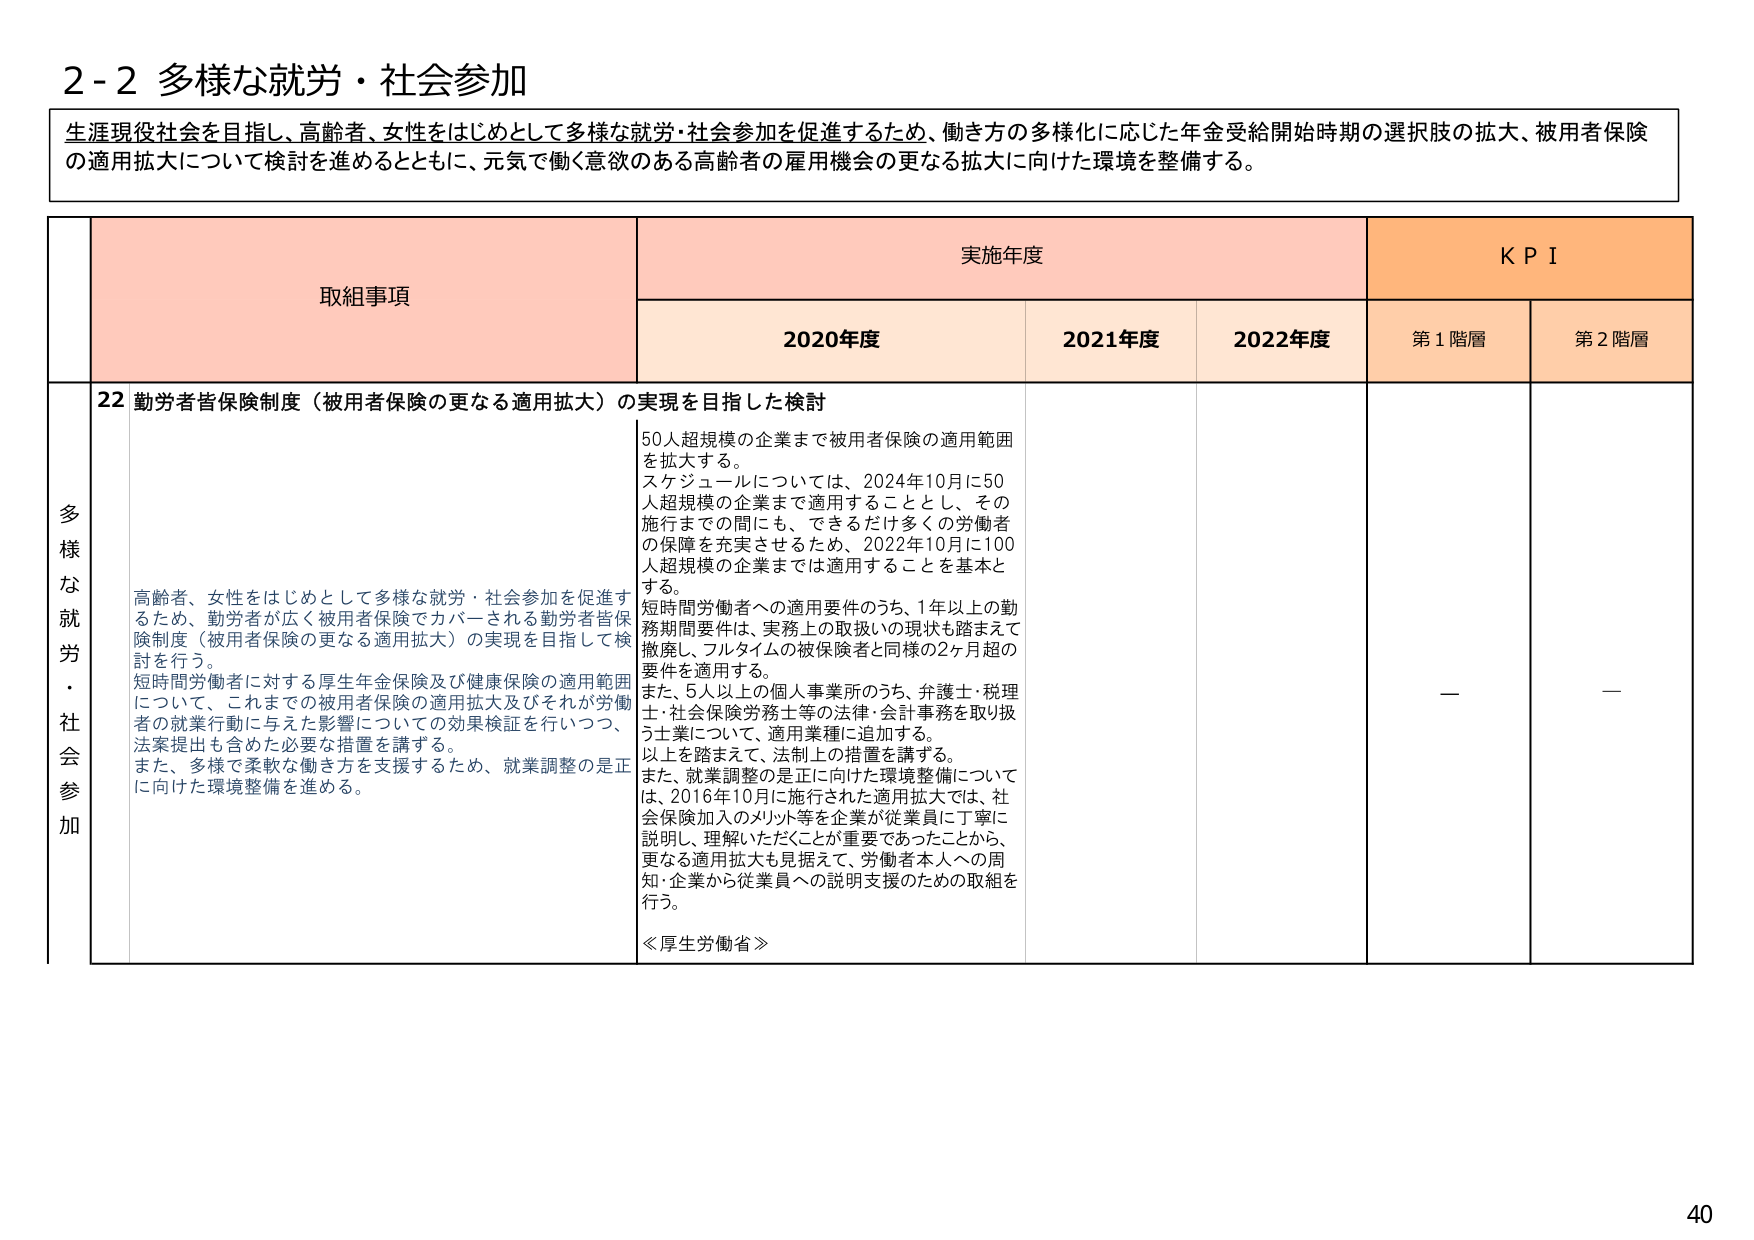
2-2 多様な就労・社会参加

生涯現役社会を目指し、高齢者、女性をはじめとして多様な就労・社会参加を促進するため、働き方の多様化に応じた年金受給開始時期の選択肢の拡大、被用者保険の適用拡大について検討を進めるとともに、元気に働く意欲のある高齢者の雇用機会の更なる拡大に向けた環境を整備する。

取組事項 実施年度 KPI
2020年度 2021年度 2022年度 第1階層 第2階層

多様な就労・社会参加

22 勤労者皆保険制度（被用者保険の更なる適用拡大）の実現を目指した検討

高齢者、女性をはじめとして多様な就労・社会参加を促進するため、勤労者が広く被用者保険でカバーされる勤労者皆保険制度（被用者保険の更なる適用拡大）の実現を目指して検討を行う。
短時間労働者に対する厚生年金保険及び健康保険の適用範囲について、これまでの被用者保険の適用拡大及びそれが労働者の就業行動に与えた影響についての効果検証を行いつつ、法案提出も含めた必要な措置を講ずる。
また、多様で柔軟な働き方を支援するため、就業調整の是正に向けた環境整備を進める。

50人超規模の企業まで被用者保険の適用範囲を拡大する。
スケジュールについては、2024年10月に50人超規模の企業まで適用することとし、その施行までの間にも、できるだけ多くの労働者の保障を充実させるため、2022年10月に100人超規模の企業までを適用することを基本とする。
短時間労働者への適用要件のうち、1年以上の勤務期間要件は、実務上の取扱いの現状も踏まえて撤廃し、フルタイムの被保険者と同様の2ヶ月超の要件を適用する。
また、5人以上の個人事業所のうち、弁護士・税理士・社会保険労務士等の法律・会計事務を取り扱う士業について、適用業種に追加する。
以上を踏まえて、法制上の措置を講ずる。
また、就業調整の是正に向けた環境整備については、2016年10月に施行された適用拡大では、社会保険加入のメリット等を企業が従業員に丁寧に説明し、理解いただくことが重要であったことから、更なる適用拡大も見据えて、労働者本人への周知・企業から従業員への説明支援のための取組を行う。

≪厚生労働省≫

— —